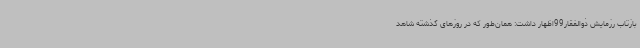
بازتاب رزمایش ذوالفقار99اظهار داشت: همان‌طور که در روزهای گذشته شاهد